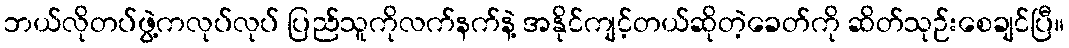
ဘယ်လိုတပ်ဖွဲ့ကလုပ်လုပ် ပြည်သူကိုလက်နက်နဲ့ အနိုင်ကျင့်တယ်ဆိုတဲ့ခေတ်ကို ဆိတ်သုဉ်းစေချင်ပြီ။